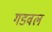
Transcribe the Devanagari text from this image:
गडवल